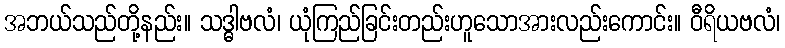
အဘယ်သည်တို့နည်း။ သဒ္ဓါဗလံ၊ ယုံကြည်ခြင်းတည်းဟူသောအားလည်းကောင်း။ ဝီရိယဗလံ၊